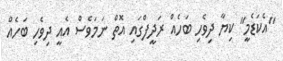
"އެކަޑެމީ" ކިޔާ ދިވެހި ބަހެއް ރަދީފްގައި އޮތް ނަމަވެސް އެއީ ދިވެހި ބަހެއް